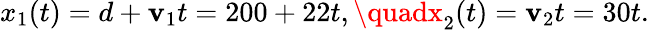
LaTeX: x_{1}(t)=d+\mathbf{v}_{1}t=200+22t,\quadx_{2}(t)=\mathbf{v}_{2}t=30t.